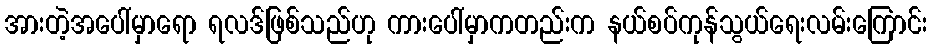
အားတဲ့အပေါ်မှာရော ရလဒ်ဖြစ်သည်ဟု ကားပေါ်မှာကတည်းက နယ်စပ်ကုန်သွယ်ရေးလမ်းကြောင်း